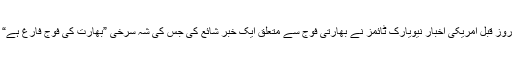
چند روز قبل امریکی اخبار نیویارک ٹائمز نے بھارتی فوج سے متعلق ایک خبر شائع کی جس کی شہ سرخی ”بھارت کی فوج فارغ ہے“ تھی۔